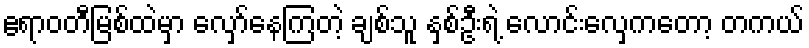
ဧရာဝတီမြစ်ထဲမှာ လှော်နေကြတဲ့ ချစ်သူ နှစ်ဦးရဲ့ လောင်းလှေကတော့ တကယ်